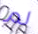
لم